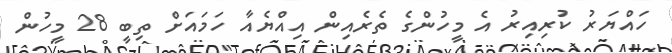
ހައްޔަރު ކުރިއިރު އެ މީހުންގެ ތެރެއިން އިއްޔެއާ ހަމައަށް ތިބީ 28 މީހުން